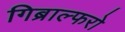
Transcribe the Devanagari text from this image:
गिब्राल्फरो